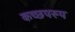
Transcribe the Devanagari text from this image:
कच्छपरूप